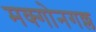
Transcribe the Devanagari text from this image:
मक्गोनगल्ल